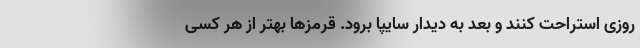
روزی استراحت کنند و بعد به دیدار سایپا برود. قرمزها بهتر از هر کسی